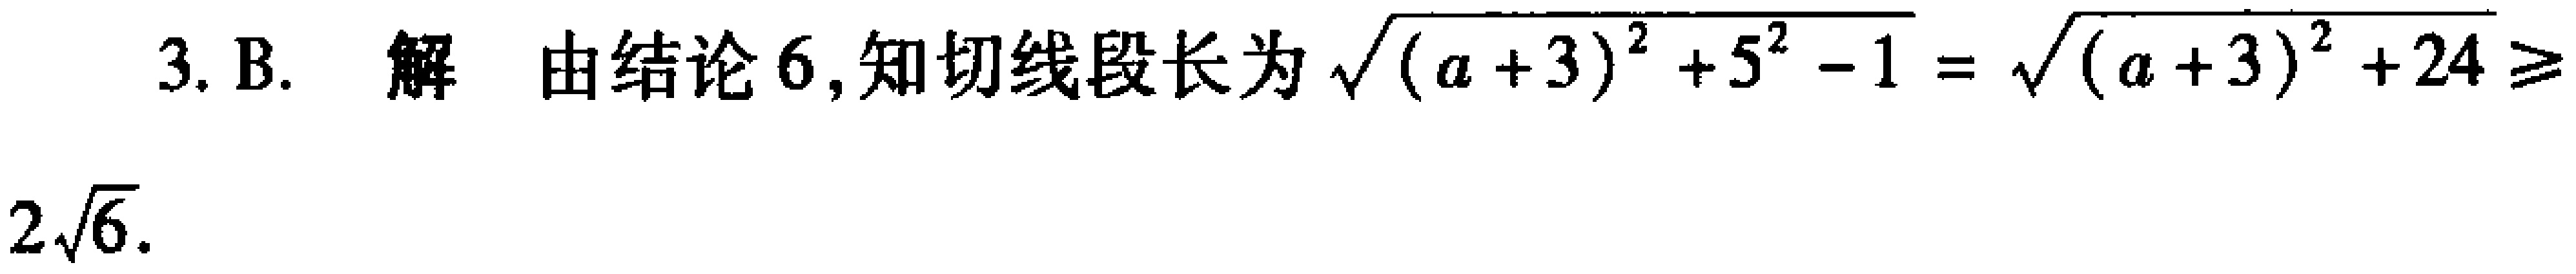
3. B. 解 由结论6,知切线段长为\(\sqrt{(a + 3)^{2}+5^{2}-1}=\sqrt{(a + 3)^{2}+24}\geq2\sqrt{6}\).